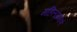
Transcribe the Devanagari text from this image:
महिलांप्रमाणे